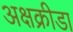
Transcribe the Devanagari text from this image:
अक्षक्रीडा